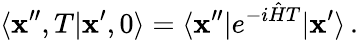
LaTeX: \langle{\mathbf x}^{\prime\prime},T\vert{\mathbf x}^{\prime},0\rangle=\langle{\mathbf x}^{\prime\prime}\vert e^{-i{\hat{H}}T}\vert{\mathbf x}^{\prime}\rangle\, .